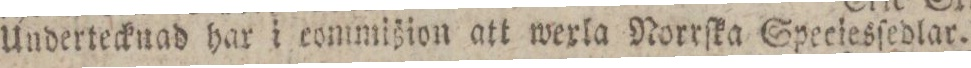
Undertecknad har i commißion att werla Norrſka Speciesſedlar.